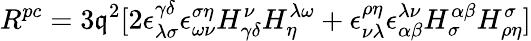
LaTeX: R^{pc}=3\mathfrak{q}^{2}[2\epsilon_{\lambda\sigma}^{\gamma\delta}\epsilon_{\omega\nu}^{\sigma\eta}H_{\gamma\delta}^{\nu}H_{\eta}^{\lambda\omega}+\epsilon_{\nu\lambda}^{\rho\eta}\epsilon_{\alpha\beta}^{\lambda\nu}H_{\sigma}^{\alpha\beta}H_{\rho\eta}^{\sigma}]